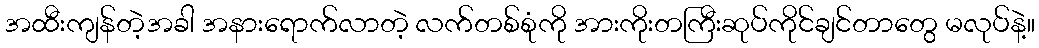
အထီးကျန်တဲ့အခါ အနားရောက်လာတဲ့ လက်တစ်စုံကို အားကိုးတကြီးဆုပ်ကိုင်ချင်တာတွေ မလုပ်နဲ့။